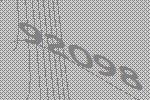
92098